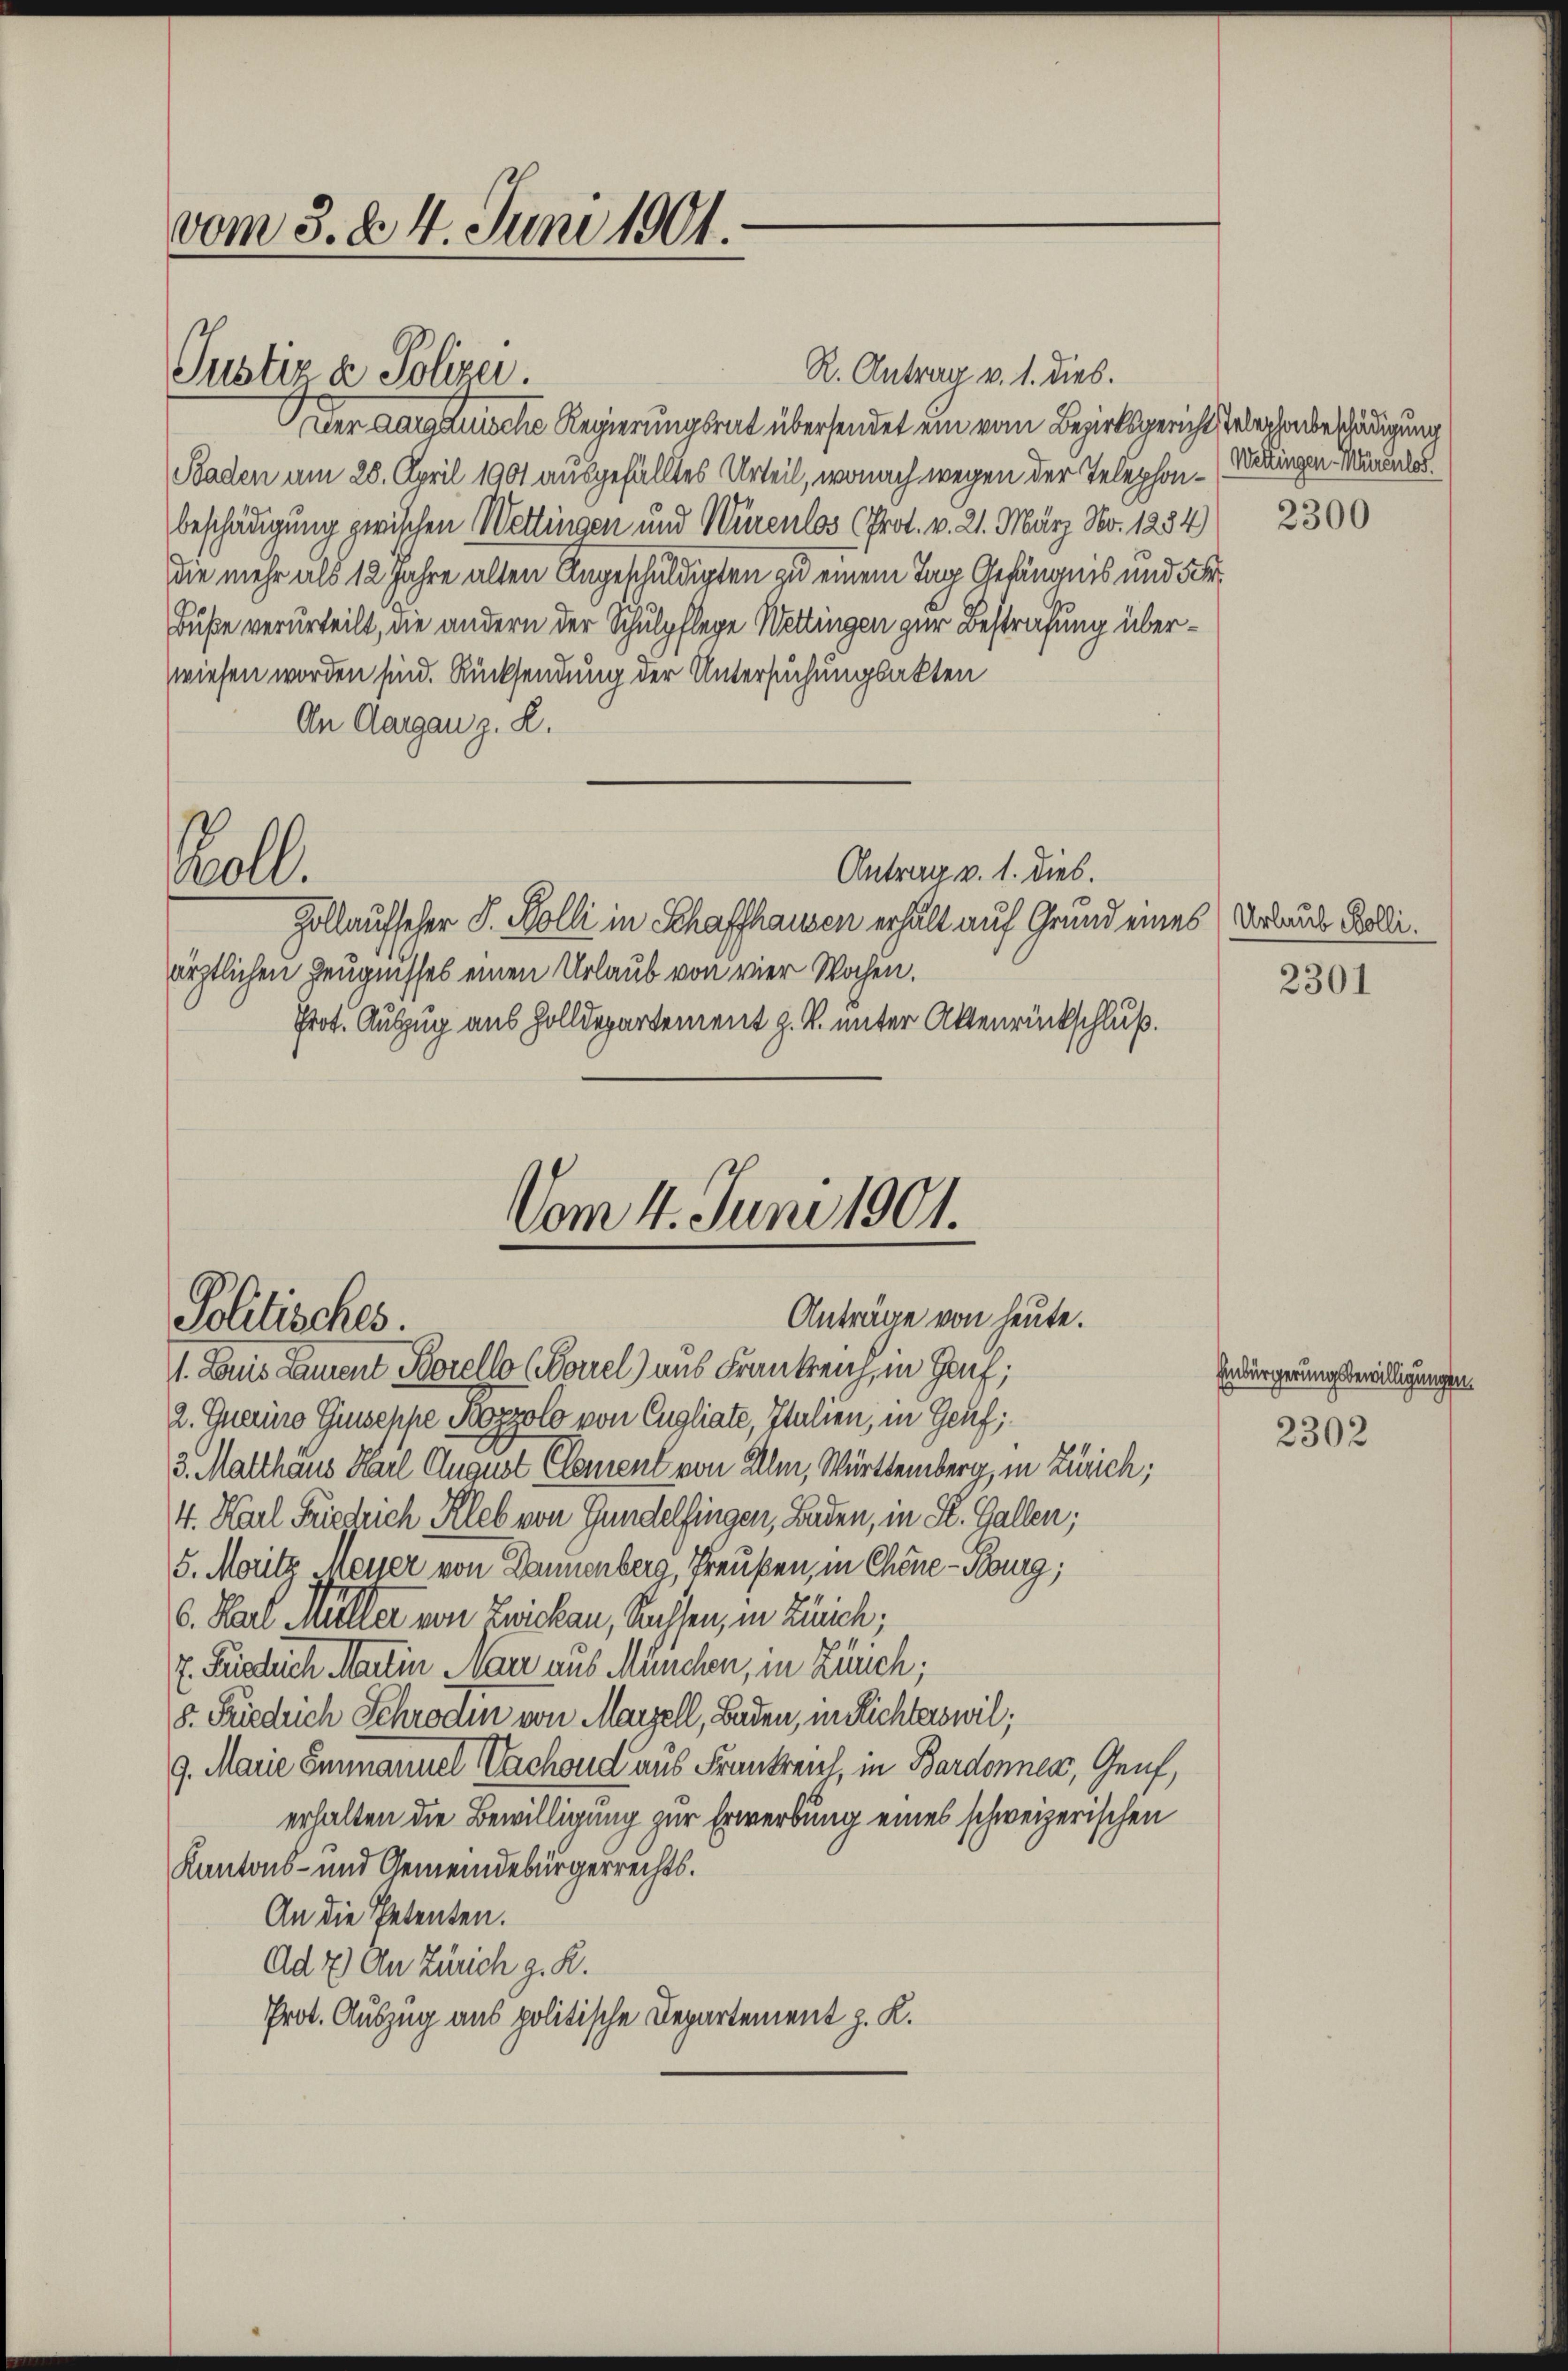
vom 3. d. 4. Juni 1901.

Justiz & Polizei.

R. Antrag v. 1. dies.
Der Aargauische Regierungsrat übersendet ein vom Bezirksgericht Telephonbeschädigung
Baden am 28. April 1901 ausgefälltes Urteil, wonach wegen der Telephon-Wrangen Mandeln.
beschädigung zwischen Wettingen und Würenlos (Prot. v. 21. März No. 1284)
die mehr als 12 Jahre alten Angeschuldigten zu einem Tag Gefängnis und 5 Fr
Buße verurteilt, die andern der Schulpflege Wettingen zur Bestrafung überwiesen worden sind. Rücksendung der Untersuchungsakten
An Aargau z. R.
Antrag v. 1. dies.
Kall.
Zollaufscher J. Wolli in Schaffhausen erhält auf Grund eines Urlaus Bolliärztlichen Zeugnisses einen Urlaub von vier Wochen.
Prot. Auszug aus Zolldepartement z. B. unter Aktenrückschluß.

Vom 4. Juni 1901.
Anträge von heute.
Politisches.
1. Louis Laient Borello (Borel) aus Frankreich, in Hauf;

2. Querino Giuseppe Bozzolo von Cugliate, Italien, in Genf;
3. Matthaus Karl August Clement von Ulm, Württemberg, in Zürich;
4. Karl Friegleich Kleb von Gundelfingen, Baden, in St. Gallen;
5. Moritz Messer von Dannenberg, Preußen, in Chene - Bourg;
6. Karl Müller von Zwickau, Kassen, in Zürch,
E. Füglich Martin Narr aus München, in Zürich;
8. Friedrich Schrodin von Marzell, Baden, in Richterswil;
9. Marie Einmanuel Sachend aus Frankreich, in Bardonnen, Genf,
erhalten die Bewilligung zur Erwerbung eines schweizerischen
Kantons- und Gemeindebürgerrechts¬
An die Petenten.
Ad 2) An Zürich g. R.
Prot. Auszug aus politische Departement z. K.

2300

2301

Einbürgerung bewilligungen.

2302